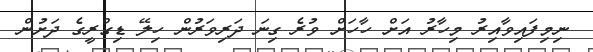
ނިމިފައިވާއިރު މިހާރު އަށް ހާހަށް ވުރެ ގިނަ ދަރިވަރުން ހިލޭ ޑިގްރީގެ ދަށުން